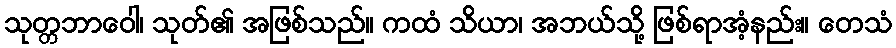
သုတ္တဘာဝေါ၊ သုတ်၏ အဖြစ်သည်။ ကထံ သိယာ၊ အဘယ်သို့ ဖြစ်ရာအံ့နည်း။ တေသံ